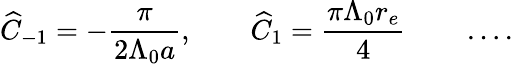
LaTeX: \widehat C_{-1}=-{\frac{\pi}{2\Lambda_{0}a}},\qquad\widehat C_{1}={\frac{\pi\Lambda_{0}r_{e}}{4}}\qquad\ldots.